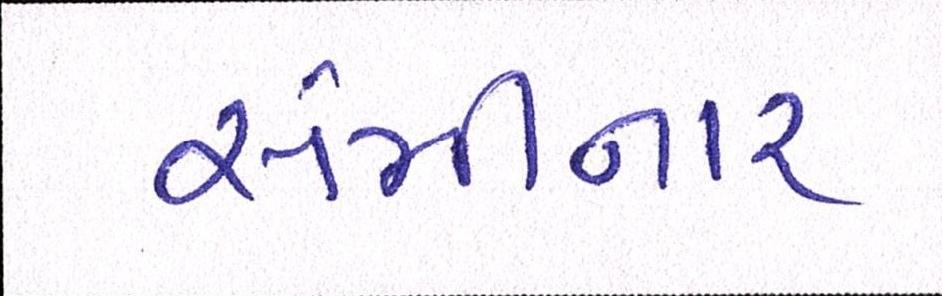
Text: સેમીનાર